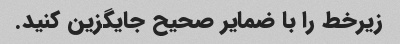
زیرخط را با ضمایر صحیح جایگزین کنید.